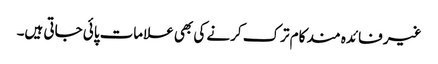
غیر فائدہ مند کام ترک کرنے کی بھی علامات پائی جاتی ہیں۔